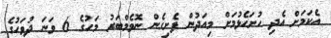
އެކަމަށް އެދި ހުށަހެޅުމަށް މިއަދުން ފެށިގެން ނޮވެމްބަރު މަހުގެ 6 ވަނަ ދުވަހުގެ